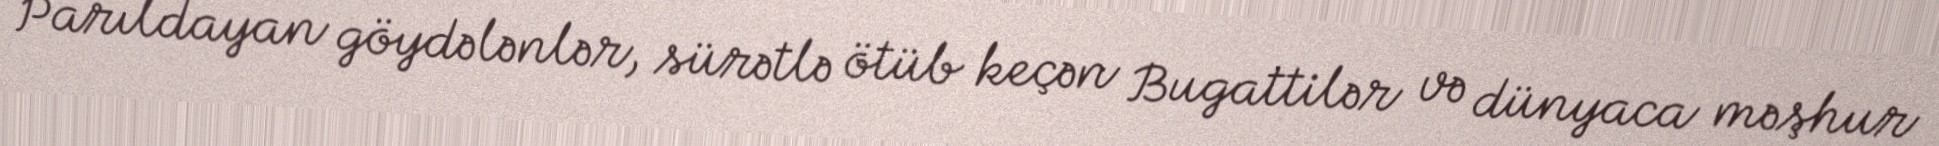
Parıldayan göydələnlər, sürətlə ötüb keçən Bugattilər və dünyaca məşhur